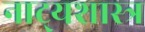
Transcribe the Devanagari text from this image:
नाट्‍यशास्त्र